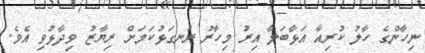
ނިހާންގެ ހާލު ކުރިއާ އަޅާބަލާ އިރު މިހާރު ރަނގަޅުކަމަށް ރިޔާޒު ވިދާޅުވި އެވެ.